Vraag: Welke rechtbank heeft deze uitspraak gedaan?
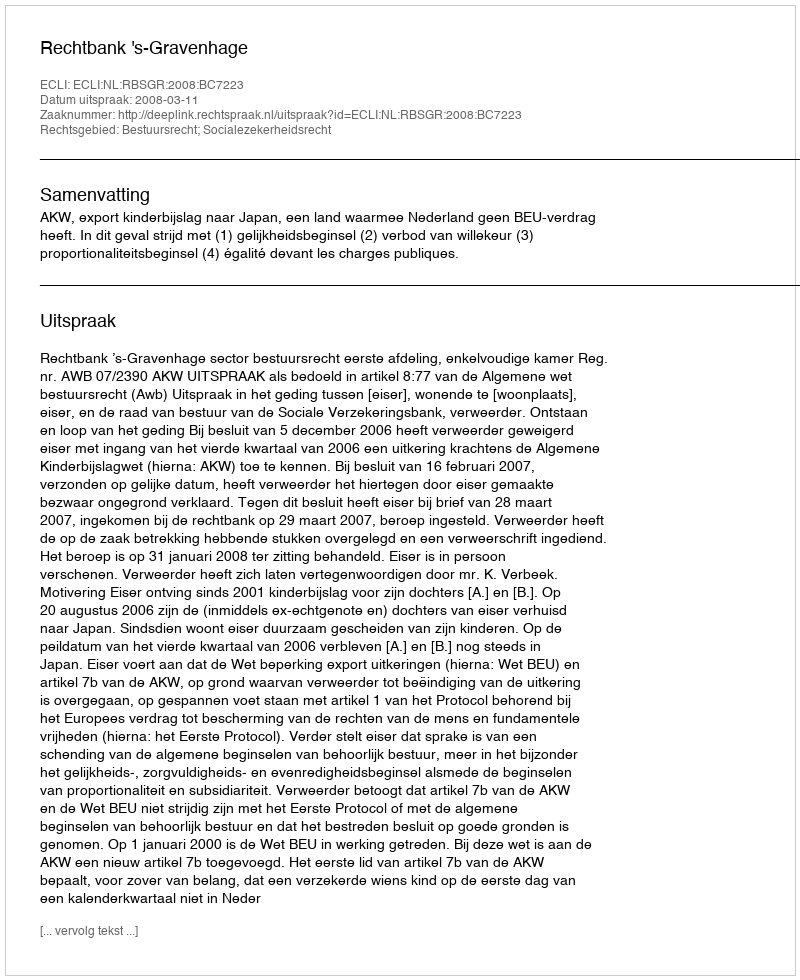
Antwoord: Rechtbank 's-Gravenhage